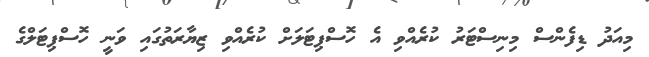
މިއަދު ޑިފެންސް މިނިސްޓަރު ކުރެއްވި އެ ހޮސްޕިޓަލަށް ކުރެއްވި ޒިޔާރަތުގައި ވަނީ ހޮސްޕިޓަލްގެ